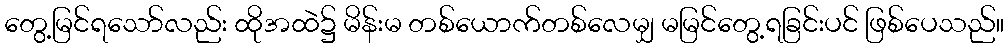
တွေ့မြင်ရသော်လည်း ထိုအထဲ၌ မိန်းမ တစ်ယောက်တစ်လေမျှ မမြင်တွေ့ရခြင်းပင် ဖြစ်ပေသည်။